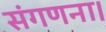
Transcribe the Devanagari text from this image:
संगणना।